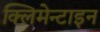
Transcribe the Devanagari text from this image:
क्लिमेन्टाइन